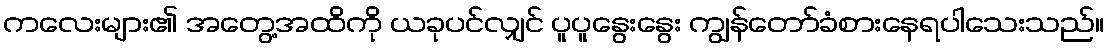
ကလေးများ၏ အတွေ့အထိကို ယခုပင်လျှင် ပူပူနွေးနွေး ကျွန်တော်ခံစားနေရပါသေးသည်။